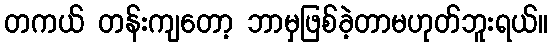
တကယ် တန်းကျတော့ ဘာမှဖြစ်ခဲ့တာမဟုတ်ဘူးရယ်။